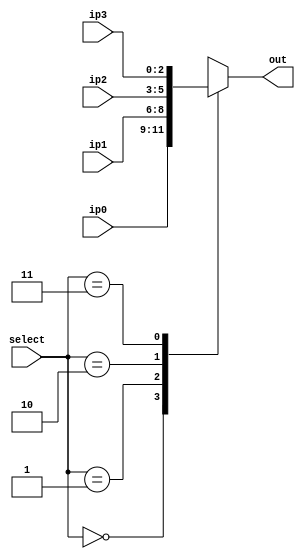
module mux_3_bit_4_input(ip0, ip1, ip2, ip3, select, out); 

	output reg [2:0] out;
	
	input  [2:0] ip0, ip1, ip2, ip3;
	input  [1:0] select;
	
	always@(*) begin
		case(select)
			0: out = ip0;
			1: out = ip1;
			2: out = ip2;
			3: out = ip3;
			default : out = ip0;
		endcase
	end
	
endmodule